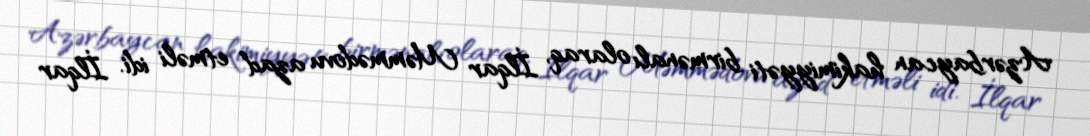
Azərbaycan hakimiyyəti birmənalı olaraq, İlqar Məmmədovu azad etməli idi. İlqar